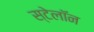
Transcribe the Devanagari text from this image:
स्टेलॉन